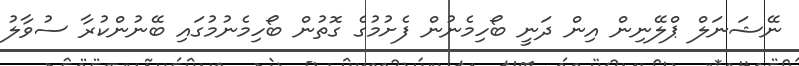
ނޭޝަނަލް ޕްލޭނިން އިން ދަނީ ބޯހިމެނުން ފެށުމުގެ ގޮތުން ބޯހިމެނުމުގައި ބޭނުންކުރާ ސުވާލު